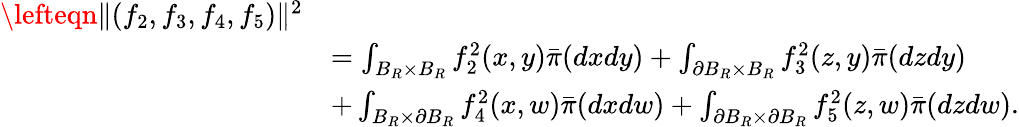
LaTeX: \begin{array}{rl}{\lefteqn{\| (f_{2},f_{3},f_{4},f_{5})\| ^{2}}}\\ &{=\int_{B_{R}\times B_{R}}f_{2}^{2}(x,y)\bar{\pi}(dxdy)+\int_{\partial B_{R}\times B_{R}}f_{3}^{2}(z,y)\bar{\pi}(dzdy)}\\ &{+\int_{B_{R}\times\partial B_{R}}f_{4}^{2}(x,w)\bar{\pi}(dxdw)+\int_{\partial B_{R}\times\partial B_{R}}f_{5}^{2}(z,w)\bar{\pi}(dzdw).}\end{array}